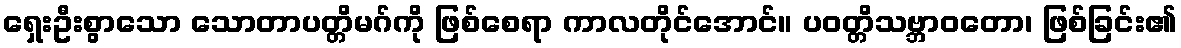
ရှေးဦးစွာသော သောတာပတ္တိမဂ်ကို ဖြစ်စေရာ ကာလတိုင်အောင်။ ပဝတ္တိသဗ္ဘာဝတော၊ ဖြစ်ခြင်း၏